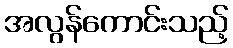
အလွန်ကောင်းသည့်